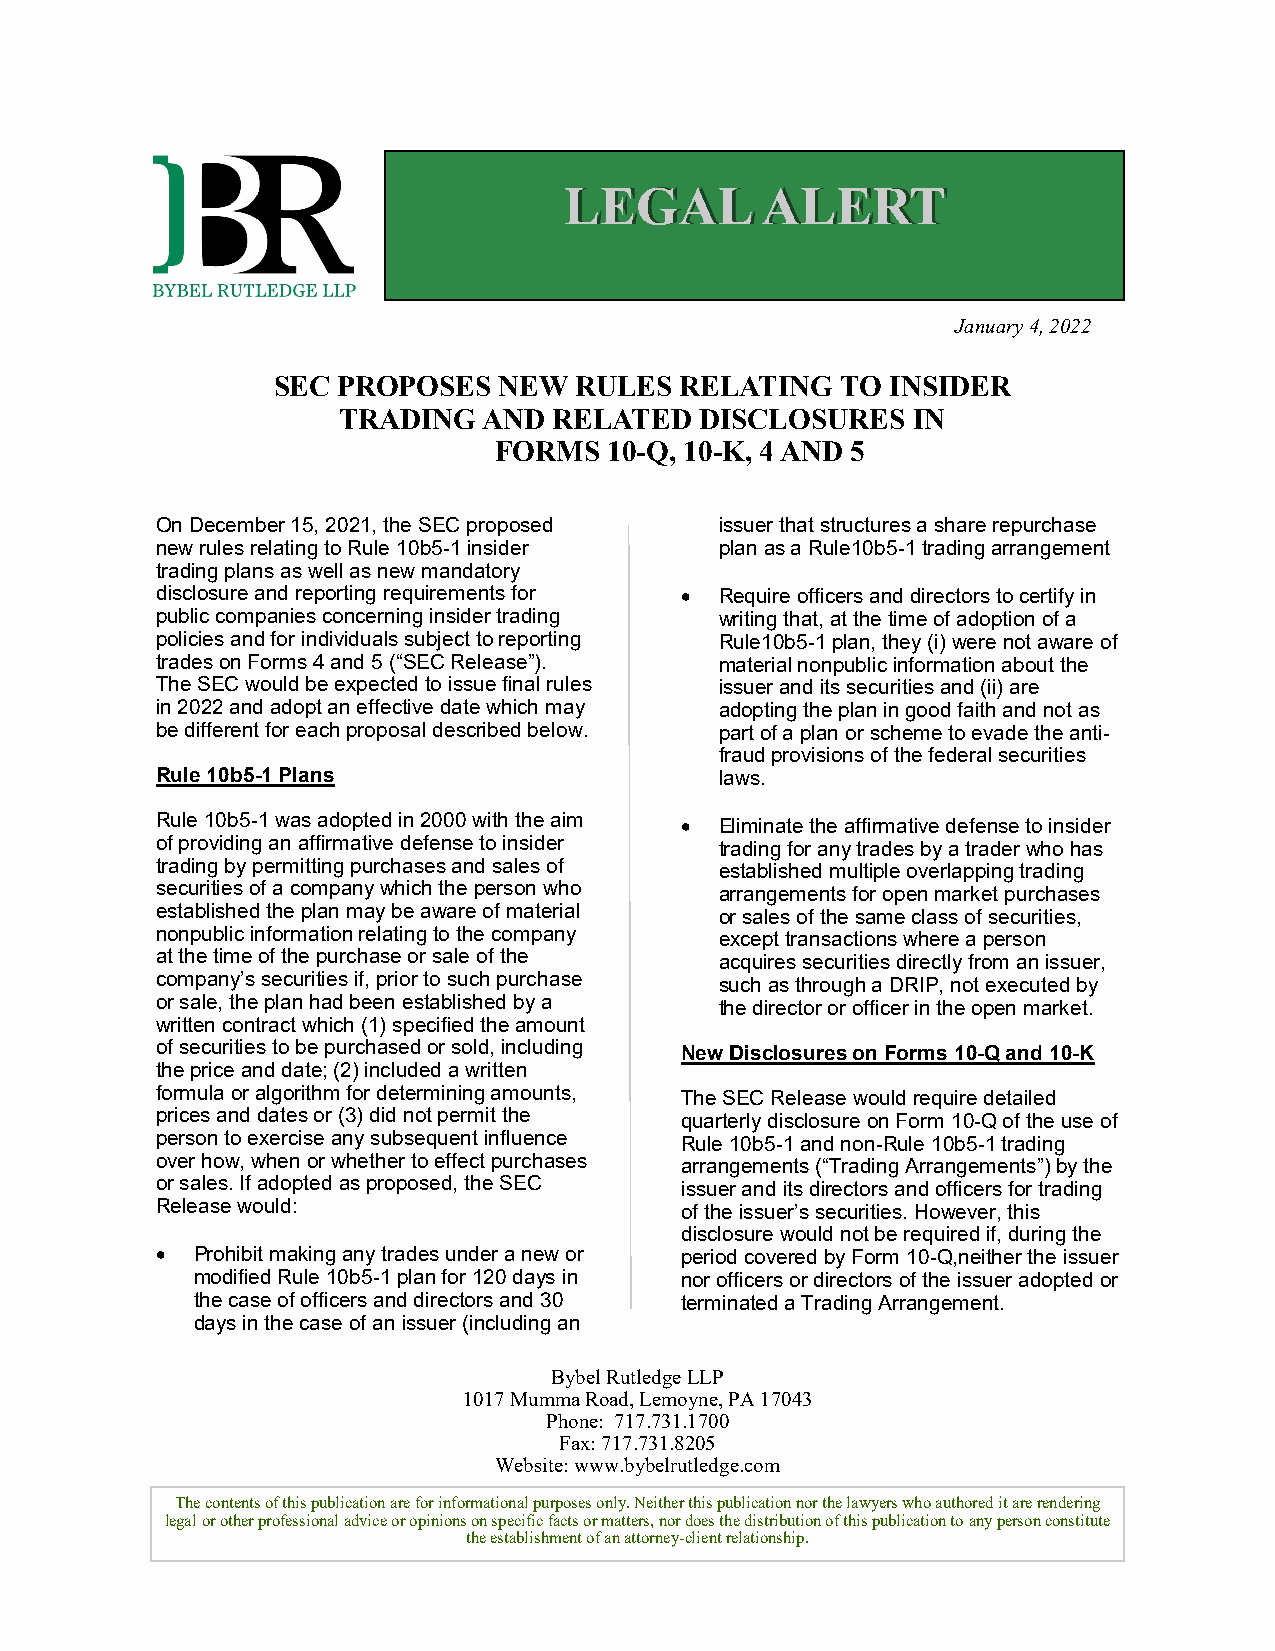
LEGAL        ALERT
 January 4, 2022
 SEC PROPOSES   NEW  RULES  RELATING   TO INSIDER
 TRADING   AND  RELATED  DISCLOSURES   IN
 FORMS  10-Q, 10-K, 4 AND 5
 On December 15, 2021, the SEC proposed issuer that structures a share repurchase
 new rules relating to Rule 10b5-1 insider plan as a Rule10b5-1 trading arrangement
 trading plans as well as new mandatory
 disclosure and reporting requirements for • Require officers and directors to certify in
 public companies concerning insider trading writing that, at the time of adoption of a
 policies and for individuals subject to reporting Rule10b5-1 plan, they (i) were not aware of
 trades on Forms 4 and 5 (“SEC Release”). material nonpublic information about the
 The SEC would be expected to issue final rules issuer and its securities and (ii) are
 in 2022 and adopt an effective date which may adopting the plan in good faith and not as
 be different for each proposal described below. part of a plan or scheme to evade the anti-
 fraud provisions of the federal securities
 Rule 10b5-1 Plans                     laws.
 Rule 10b5-1 was adopted in 2000 with the aim • Eliminate the affirmative defense to insider
 of providing an affirmative defense to insider trading for any trades by a trader who has
 trading by permitting purchases and sales of established multiple overlapping trading
 securities of a company which the person who arrangements for open market purchases
 established the plan may be aware of material or sales of the same class of securities,
 nonpublic information relating to the company except transactions where a person
 at the time of the purchase or sale of the acquires securities directly from an issuer,
 company’s securities if, prior to such purchase such as through a DRIP, not executed by
 or sale, the plan had been established by a the director or officer in the open market.
 written contract which (1) specified the amount
 of securities to be purchased or sold, including New Disclosures on Forms 10-Q and 10-K
 the price and date; (2) included a written
 formula or algorithm for determining amounts, The SEC Release would require detailed
 prices and dates or (3) did not permit the quarterly disclosure on Form 10-Q of the use of
 person to exercise any subsequent influence Rule 10b5-1 and non-Rule 10b5-1 trading
 over how, when or whether to effect purchases arrangements (“Trading Arrangements”) by the
 or sales. If adopted as proposed, the SEC issuer and its directors and officers for trading
 Release would:                     of the issuer’s securities. However, this
 disclosure would not be required if, during the
 •  Prohibit making any trades under a new or period covered by Form 10-Q,neither the issuer
 modified Rule 10b5-1 plan for 120 days in nor officers or directors of the issuer adopted or
 the case of officers and directors and 30 terminated a Trading Arrangement.
 days in the case of an issuer (including an
 Bybel Rutledge LLP
 1017 Mumma Road, Lemoyne, PA 17043
 Phone: 717.731.1700
 Fax: 717.731.8205
 Website: www.bybelrutledge.com
 The contents of this publication are for informational purposes only. Neither this publication nor the lawyers who authored it are rendering
 legal or other professional advice or opinions on specific facts or matters, nor does the distribution of this publication to any person constitute
 the establishment of an attorney-client relationship.